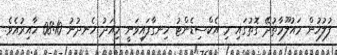
ފުލުހުން މައުލޫމާތުދޭ ގޮތުގައި މި އެކްސިޑެންޓު ހިނގާފައިވަނީ މިއަދު ހެނދުނު 08:10 ހާއިރުއެވެ.